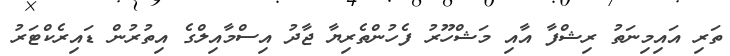
ތަރި އައިމިނަތު ރިޝްފާ އާއި މަޝްހޫރު ފެހުންތެރިޔާ ޖާދު އިސްމާއިލްގެ އިތުރުން ޑައިރެކްޓަރު